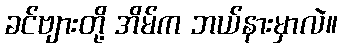
ခင်ဗျားတို့ အိမ်က ဘယ်နားမှာလဲ။